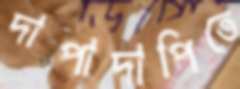
দাপাদাপিতে